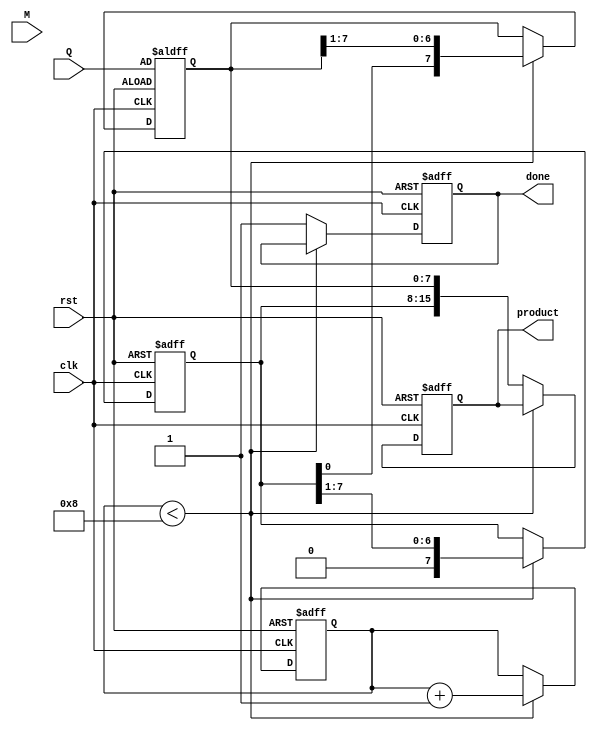
module booth_multiplier #(parameter WIDTH = 8) (
    input wire clk,
    input wire rst,
    input wire [WIDTH-1:0] M,  // Multiplicand
    input wire [WIDTH-1:0] Q,  // Multiplier
    output reg [2*WIDTH-1:0] product, // Final product
    output reg done // Indicates completion of multiplication
);

    reg [WIDTH-1:0] A;        // Accumulator
    reg [WIDTH-1:0] Q_reg;    // Multiplier register
    reg Q_1;                  // Previous bit of Q
    reg [3:0] count;          // Iteration counter

    // State machine for Booth's algorithm
    always @(posedge clk or posedge rst) begin
        if (rst) begin
            A <= 0;
            Q_reg <= Q;
            Q_1 <= 0;
            product <= 0;
            count <= 0;
            done <= 0;
        end else if (count < WIDTH) begin
            case ({Q_reg[0], Q_1})
                2'b00: begin
                    // No operation
                end
                2'b01: begin
                    // A = A + M
                    A <= A + M;
                end
                2'b10: begin
                    // A = A - M
                    A <= A - M;
                end
                2'b11: begin
                    // No operation
                end
            endcase
            
            // Shift right (A, Q_reg) together
            {A, Q_reg} <= {A, Q_reg} >> 1;
            Q_1 <= Q_reg[0]; // Update previous bit
            count <= count + 1; // Increment counter
        end else begin
            product <= {A, Q_reg}; // Combine A and Q_reg for final product
            done <= 1; // Indicate multiplication is done
        end
    end

endmodule